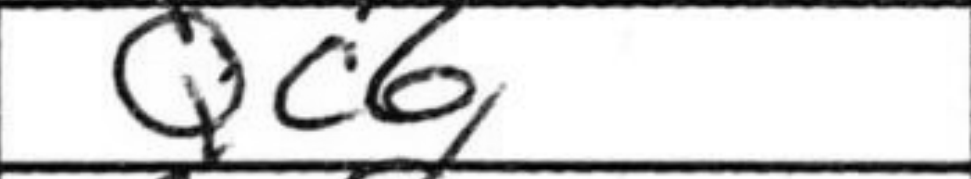
Transcription: Qc6